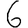
Digit: 6